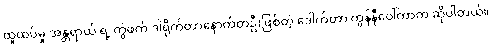
ထူထပ်မှု အန္တရာယ် ရဲ့ တွဲဖက် ဒါရိုက်တာနောက်တဦးဖြစ်တဲ့ ဒေါက်တာ ကွန်နီဝေါ်ကာက ဆိုပါတယ်။